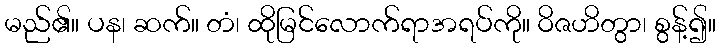
မည်၏။ ပန၊ ဆက်။ တံ၊ ထိုမြင်လောက်ရာအရပ်ကို။ ဝိဇဟိတွာ၊ စွန့်၍။